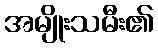
အမျိုးသမီး၏